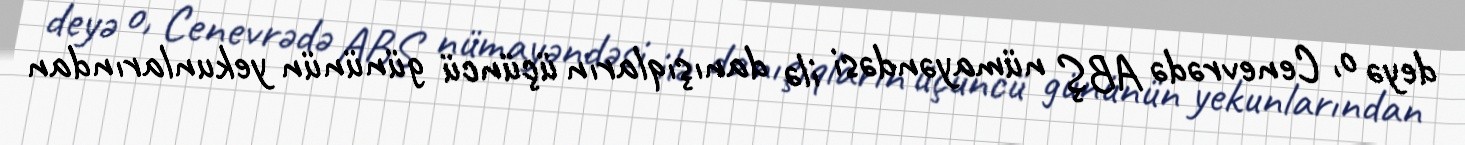
deyə o, Cenevrədə ABŞ nümayəndəsi ilə danışıqların üçüncü gününün yekunlarından